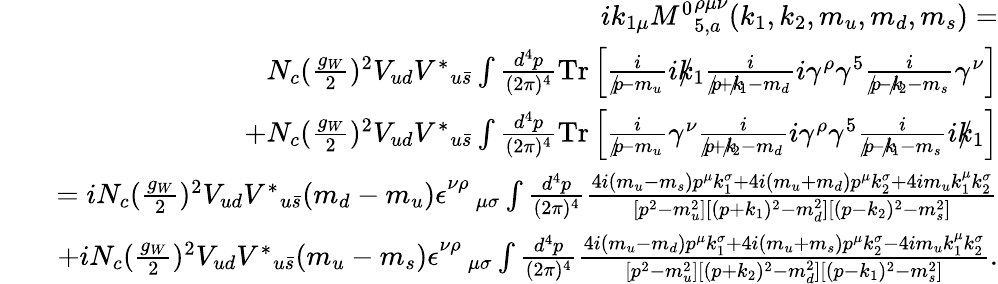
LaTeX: \begin{array}{rlr}&{}&{ik_{1\mu}{M^{0}}_{5,a}^{\rho\mu\nu}(k_{1},k_{2},m_{u},m_{d},m_{s})=}\\ &{}&{N_{c}(\frac{g_{W}}{2})^{2}V_{ud}{V^{\ast}}_{u\bar{s}}\int\frac{d^{4}p}{(2\pi)^{4}}\mathrm{{Tr}}\left[\frac{i}{p\! \! \! /-m_{u}}ik\! \! \! /_{1}\frac{i}{p\! \! \! /+k\! \! \! /_{1}-m_{d}}i\gamma^{\rho}\gamma^{5}\frac{i}{p\! \! \! /-k\! \! \! /_{2}-m_{s}}\gamma^{\nu}\right]}\\ &{}&{+N_{c}(\frac{g_{W}}{2})^{2}V_{ud}{V^{\ast}}_{u\bar{s}}\int\frac{d^{4}p}{(2\pi)^{4}}{\mathrm{Tr}}\left[\frac{i}{p\! \! \! /-m_{u}}\gamma^{\nu}\frac{i}{p\! \! \! /+k\! \! \! /_{2}-m_{d}}i\gamma^{\rho}\gamma^{5}\frac{i}{p\! \! \! /-k\! \! \! /_{1}-m_{s}}ik\! \! \! /_{1}\right]}\\ &{}&{=iN_{c}(\frac{g_{W}}{2})^{2}V_{ud}{V^{\ast}}_{u\bar{s}}(m_{d}-m_{u})\epsilon_{\quad\mu\sigma}^{\nu\rho}\int\frac{d^{4}p}{(2\pi)^{4}}\frac{4i(m_{u}-m_{s})p^{\mu}k_{1}^{\sigma}+4i(m_{u}+m_{d})p^{\mu}k_{2}^{\sigma}+4im_{u}k_{1}^{\mu}k_{2}^{\sigma}}{[p^{2}-m_{u}^{2}][(p+k_{1})^{2}-m_{d}^{2}][(p-k_{2})^{2}-m_{s}^{2}]}}\\ &{}&{+iN_{c}(\frac{g_{W}}{2})^{2}V_{ud}{V^{\ast}}_{u\bar{s}}(m_{u}-m_{s})\epsilon_{\quad\mu\sigma}^{\nu\rho}\int\frac{d^{4}p}{(2\pi)^{4}}\frac{4i(m_{u}-m_{d})p^{\mu}k_{1}^{\sigma}+4i(m_{u}+m_{s})p^{\mu}k_{2}^{\sigma}-4im_{u}k_{1}^{\mu}k_{2}^{\sigma}}{[p^{2}-m_{u}^{2}][(p+k_{2})^{2}-m_{d}^{2}][(p-k_{1})^{2}-m_{s}^{2}]}.}\end{array}